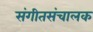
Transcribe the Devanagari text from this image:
संगीतसंचालक